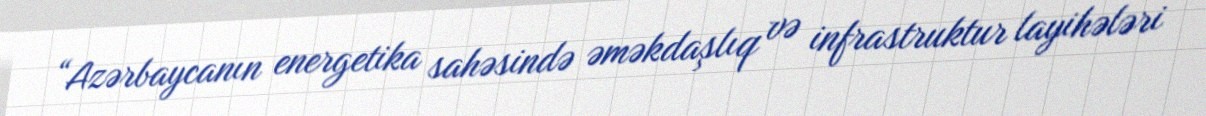
“Azərbaycanın energetika sahəsində əməkdaşlıq və infrastruktur layihələri